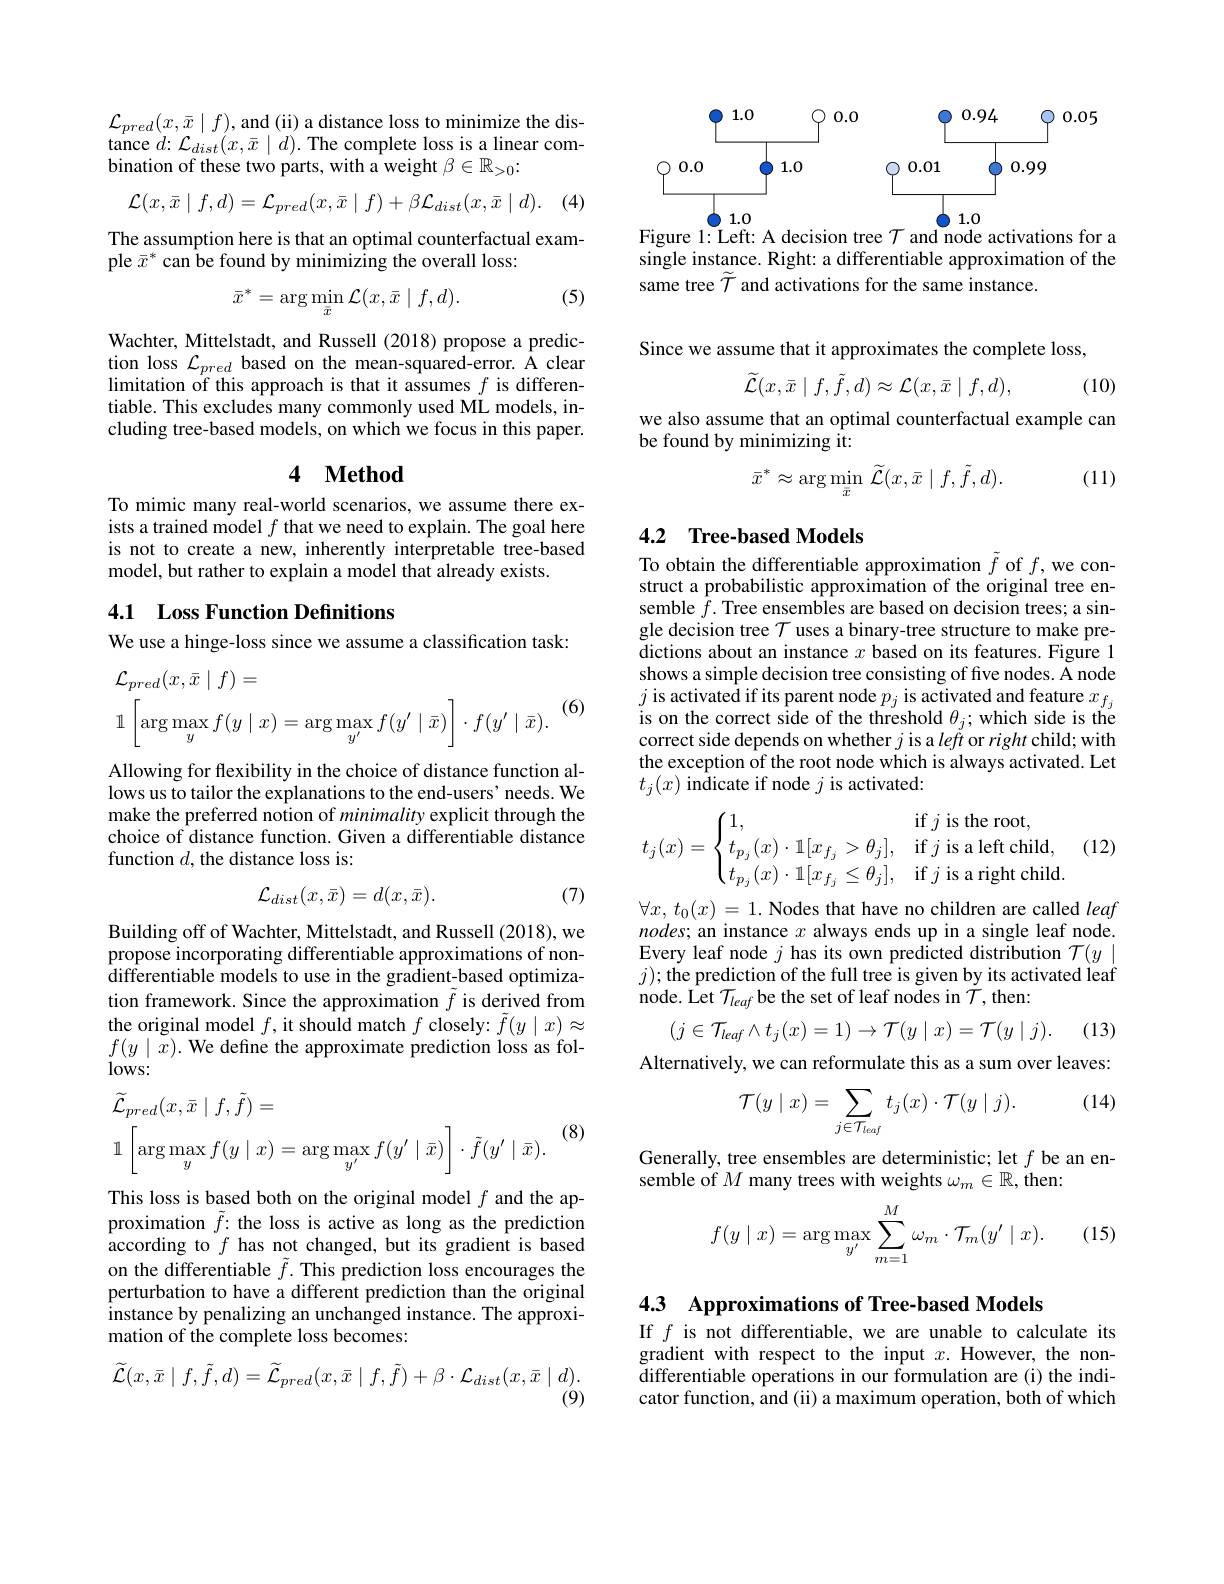
$\mathcal{L}_{pred}(x,\bar{x}\mid f)$,and (ii) a distance loss to minimize the distance $d:\mathcal{L}_{dist}(x,\bar{x}\mid d).$ The complete loss is a linear combination of these two parts, with a weight $\beta\in\mathbb{R}_>0:$
$$\mathcal{L}(x,\bar{x}\mid f,d)=\mathcal{L}_{pred}(x,\bar{x}\mid f)+\beta\mathcal{L}_{dist}(x,\bar{x}\mid d).$$
(4)

The assumption here is that an optimal counterfactual exam-
ple $\bar{x}^*$ can be found by minimizing the overall loss:

(5)
$$\bar x^*=\arg\min_{\bar x}\mathcal L(x,\bar x\mid f,d).$$
Wachter, Mittelstadt, and Russell (2018) propose a prediction loss $\mathcal{L}_{pred}$ based on the mean-squared-error. Å clear limitation of this approach is that it assumes $f$ is differentiable. This excludes many commonly used ML models, including tree-based models, on which we focus in this paper.

## 4 $\textbf{Method}$

To mimic many real-world scenarios, we assume there exists a trained model $f$ that we need to explain. The goal here is not to create a new, inherently interpretable tree-based model, but rather to explain a model that already exists.

4.1 Loss Function Definitions

We use a hinge-loss since we assume a classification task:
$$\begin{aligned}&\mathcal{L}_{pred}(x,\bar{x}\mid f)=\\&\mathbb{1}\left[\arg\max_{y}f(y\mid x)=\arg\max_{y'}f(y'\mid\bar{x})\right]\cdot f(y'\mid\bar{x}).\end{aligned}$$
(6)

Allowing for flexibility in the choice of distance function allows us to tailor the explanations to the end-users' needs. We make the preferred notion of minimality explicit through the choice of distance function. Given a differentiable distance function $d$, the distance loss is:

(7)
$$\mathcal{L}_{dist}(x,\bar{x})=d(x,\bar{x}).$$
Building off of Wachter, Mittelstadt, and Russell (2018), we propose incorporating differentiable approximations of nondifferentiable models to use in the gradient-based optimization framework. Since the approximation $\tilde{f}$ is derived from the original model $f$,it should match $f$ closely: $\tilde{f}(y\mid x)\approx$ $f(y\mid\tilde{x}).$ We define the approximate prediction loss as fol- $lows:$
$$\begin{aligned}&\widetilde{\mathcal{L}}_{pred}(x,\bar{x}\mid f,\tilde{f})=\\&\mathbb{1}\left[\arg\max_{y}f(y\mid x)=\arg\max_{y^{\prime}}f(y^{\prime}\mid\bar{x})\right]\cdot\tilde{f}(y^{\prime}\mid\bar{x}).\end{aligned}$$
(8)

This loss is based both on the original model $f$ and the approximation $\tilde{f}:$ the loss is active as long as the prediction according to $f$ has not changed, but its gradient is based on the differentiable $\tilde{f}.$ This prediction loss encourages the perturbation to have a different prediction than the original instance by penalizing an unchanged instance. The approximation of the complete loss becomes:
$$\widetilde{\mathcal{L}}(x,\bar{x}\mid f,\tilde{f},d)=\widetilde{\mathcal{L}}_{pred}(x,\bar{x}\mid f,\tilde{f})+\beta\cdot\mathcal{L}_{dist}(x,\bar{x}\mid d).$$
(9)

Figure 1: Left: A decision tree $\mathcal{T}$ and node activations for a

single instance. Right: a differentiable approximation of the
same tree $\widetilde{\mathcal{T}}$ and activations for the same instance.

Since we assume that it approximates the complete loss,
$$\widetilde{\mathcal{L}}(x,\bar{x}\mid f,\tilde{f},d)\approx\mathcal{L}(x,\bar{x}\mid f,d),$$
(10)

we also assume that an optimal counterfactual example can
be found by minimizing it:
$$\bar{x}^{*}\approx\arg\min_{\bar{x}}\widetilde{\mathcal{L}}(x,\bar{x}\mid f,\tilde{f},d).$$
(11)

### 4.2 Tree-based Models

To obtain the differentiable approximation $\tilde{f}$ of $f$,we construct a probabilistic approximation of the original tree ensemble $\bar{f}.$ Tree ensembles are based on decision trees; a single decision tree $\mathcal{T}$ uses a binary-tree structure to make predictions about an instance $x$ based on its features. Figure 1 shows a simple decision tree consisting of five nodes. A node $j$ is activated if its parent node $p_j$ is activated and feature $x_f_j$ is on the correct side of the threshold $\theta_j;$which side is the correct side depends on whether $j$ is a left or right child; with the exception of the root node which is always activated. Let $t_j( x)$ indicate if node $j$ is activated:
$$t_j(x)=\begin{cases}1,&\text{if}j\text{is the root},\\t_{p_j}(x)\cdot\mathbb1[x_{f_j}>\theta_j],&\text{if}j\text{is a left child},\\t_{p_j}(x)\cdot\mathbb1[x_{f_j}\leq\theta_j],&\text{if}j\text{is a right child}.\end{cases}$$
$\forall x,t_{0}(x)=1.$ Nodes that have no children are called leaf nodes; an instance $x$ always ends up in a single leaf node. Every leaf node $j$ has its own predicted distribution $\mathcal{T}(y\mid$ $j);$the prediction of the full tree is given by its activated leaf node. Let $\mathcal{T}_leaf$ be the set of leaf nodes in $\mathcal{T}$,then:
$$(j\in\mathcal{T}_{leaf}\wedge t_j(x)=1)\to\mathcal{T}(y\mid x)=\mathcal{T}(y\mid j).$$
(13)

Alternatively, we can reformulate this as a sum over leaves:

(14)
$$\mathcal{T}(y\mid x)=\sum_{j\in\mathcal{T}_{leaf}}t_j(x)\cdot\mathcal{T}(y\mid j).$$
Generally, tree ensembles are deterministic; let $f$ be an en-
semble of $M$ many trees with weights $\omega_m\in\mathbb{R}$, then:
$$f(y\mid x)=\arg\max_{y'}\sum_{m=1}^{M}\omega_{m}\cdot\mathcal{T}_{m}(y'\mid x).$$
(15)

4.3 Approximations of Tree-based Models

If $f$ is not differentiable, we are unable to calculate its gradient with respect to the input $x.$ However, the nondifferentiable operations in our formulation are (i) the indicator function, and (ii) a maximum operation, both of which